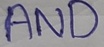
Text: AND